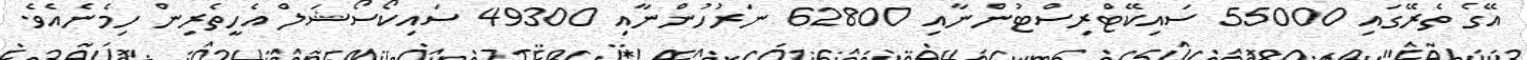
އޭގެ ތެރޭގައި 55000 ސައިކޭޓްރިސްޓުންނާއި 62800 ނަރުހުންނާއި 49300 ސައިކޯސޯޝަލް އެހީތެރިން ހިމެނެއެވެ.